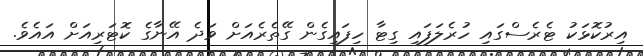
އިރުކޮޅަކު ޓެރެސްގައި ހުރެލަފައި ގިޓާ ހިފައިގެން ގޭތެރެއަށް ވަދެ އޭނާގެ ކޮޓަރިއަށް އައެވެ.